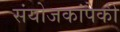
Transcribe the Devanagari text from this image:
संयोजकांपैकी